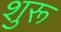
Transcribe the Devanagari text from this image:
शुरू